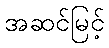
အဆင်မြင့်